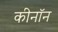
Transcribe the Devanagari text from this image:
कीनॉन